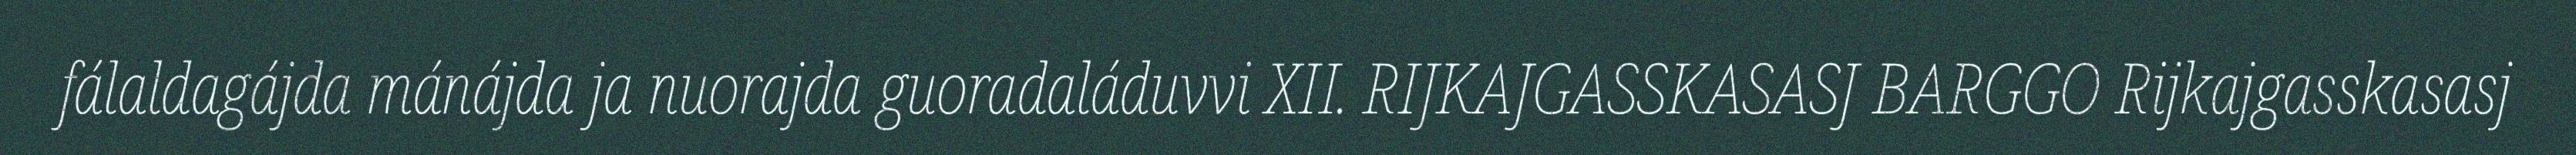
fálaldagájda mánájda ja nuorajda guoradaláduvvi XII. RIJKAJGASSKASASJ BARGGO Rijkajgasskasasj